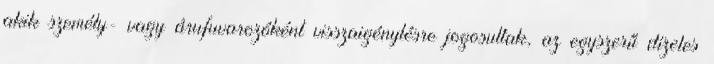
akik személy- vagy árufuvarozóként visszaigénylésre jogosultak, az egyszerű dízeles